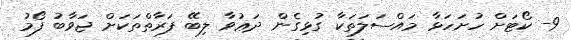
9- ކޯޓަށް ހުށަހަޅާ މައްސަލަތަކާ ގުޅިގެން ދަޢުވާ ލިބޭ ފަރާތްތަކަށް ޖަވާބު ފޯމު